Madras plague regulations in force outside the Presidency town - Volume 7
Disease focus: Plague
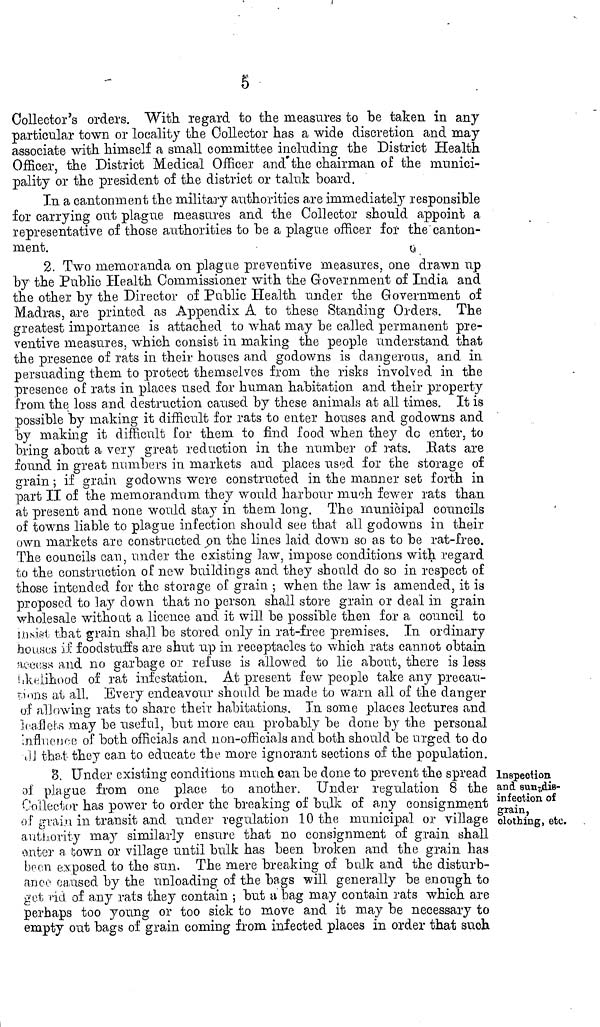
-
"Ĉ
ollector's orders. With regard to the measures to be taken in any
particular town or locality the Collector has a wide discretion and may
associate with himself a small committee including the District Health
Officer, the District Medical Officer and"the chairman of the munici-
pality or the president of the district or taluk board.
In a cantonment the military authorities are immediately responsible
for carrying out plague measures and the Collector should appoint a
representative of those authorities to be a plague officer for the canton-
ment.
2. Two memoranda on plague preventive measures, one drawn up
by the Public Health Commissioner with the Government of India and
the other by the Director of Public Health under the Government of
Madras, are printed as Appendix A to these Standing Orders. The
greatest importance is attached to what may be called permanent pre-
ventive measures, which consist in making the people anderstand that
the presence of rats in their houses and godowns is dangerous, and in
persuading them to protect themselves from the risks involved in the
presence of rats in places used for human habitation and their property
from the loss and destruction caused by these animals at all times. It is
possible by making it difficult for rats to enter houses and godowns and
by making it difficult Cor them to find food when they do enter, to
bring about a very great reduction in the number of rats. .Eats are
found in great numbers in markets and places used for the storage of
grain ; if grain godowns were constructed in the manner set forth in
part II of the memorandum they would harbour much fewer rats than
at present and none would stay in them long. The municipal councils
of towns liable to plague infection should see that all godowns in their
own markets are constructed on the lines laid down so as to be rat-free.
The councils can, under the existing law, impose conditions with regard
to the construction of new buildings and they should do so in respect of
those intended for the storage of grain ; when the law is amended, it is
proposed to lay down that no person shall store grain or deal in grain
wholesale without a licence and it will be possible then for a council to
inside that grain shall be stored only in rat-free premises. In ordinary
houses if foodstuffs are shut up in receptacles to which rats cannot obtain
lilelyhood and no garbage or refuse is allowed to lie about, there is less
liklihood of rat infestation. At present few people take any precau-
tions at all, Every endeavour should be made to warn all of the danger
of allowing rats to share their habitations. In some places lectures and
leaflets may be useful, but more eau probably be done by the personal
Influence
of both officials and non-officials and both should be urged to do
that they can to educate the more ignorant sections of the population.
Inspection
ana sun-dis-
infection of
grain,
clothing, etc.
8, Under existing conditions much can be done to prevent the spread :
of plague from one place to another. Under regulation 8 the
Collector has power to order the breaking of bulk of any consignment
of grain in transit and under regulation 10 the municipal or village
authority may similarly ensure that no consignment of grain shall
outer a town or village until bulk has been broken and the grain has
been exposed to the sun. The mere breaking of bulk and the disturb-
ance caused by the unloading of the bags will generally be enough to
get rid of any rats they contain ; but a bag may contain rats which are
perhaps too young or too sick to move and it may be necessary to
empty out bags of grain coming from infected places in order that such